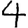
Digit: 4